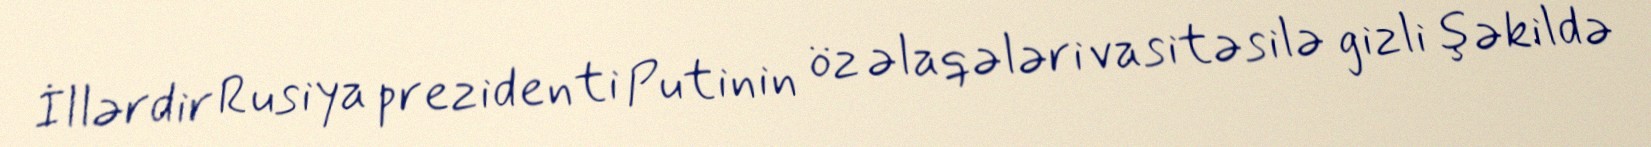
İllərdir Rusiya prezidenti Putinin öz əlaqələri vasitəsilə gizli şəkildə